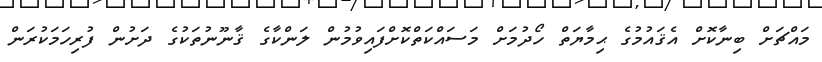
މައްޗަށް ބިނާކޮށް އެޤައުމުގެ ޙިމާޔަތް ހޯދުމަށް މަސައްކަތްކޮށްފައިވުމުން ލަންކާގެ ޤާނޫނުތަކުގެ ދަށުން ފުރިހަމަކުރަން